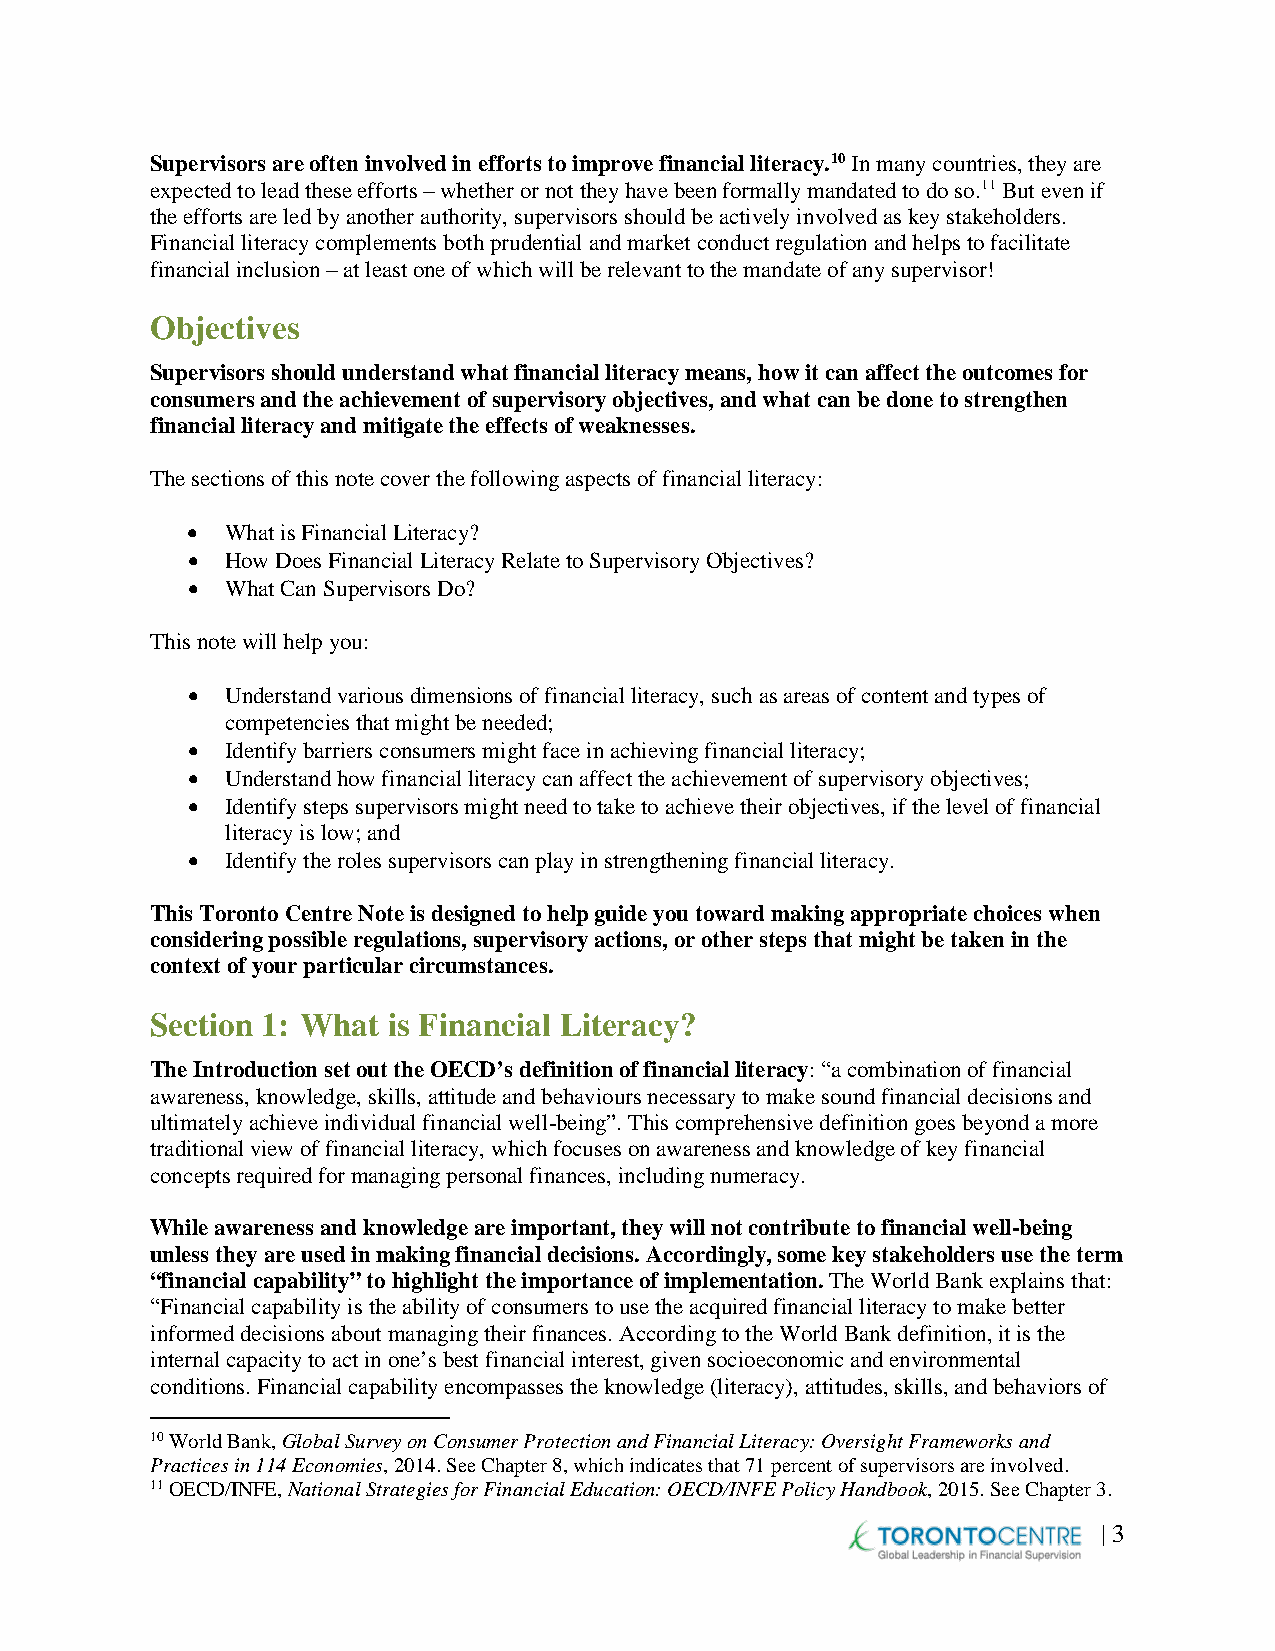
Supervisors are often involved in efforts to improve financial literacy.10 In many countries, they are
 expected to lead these efforts – whether or not they have been formally mandated to do so.11 But even if
 the efforts are led by another authority, supervisors should be actively involved as key stakeholders.
 Financial literacy complements both prudential and market conduct regulation and helps to facilitate
 financial inclusion – at least one of which will be relevant to the mandate of any supervisor!
 Objectives
 Supervisors should understand what financial literacy means, how it can affect the outcomes for
 consumers and the achievement of supervisory objectives, and what can be done to strengthen
 financial literacy and mitigate the effects of weaknesses.
 The sections of this note cover the following aspects of financial literacy:
 •  What is Financial Literacy?
 •  How Does Financial Literacy Relate to Supervisory Objectives?
 •  What Can Supervisors Do?
 This note will help you:
 •  Understand various dimensions of financial literacy, such as areas of content and types of
 competencies that might be needed;
 •  Identify barriers consumers might face in achieving financial literacy;
 •  Understand how financial literacy can affect the achievement of supervisory objectives;
 •  Identify steps supervisors might need to take to achieve their objectives, if the level of financial
 literacy is low; and
 •  Identify the roles supervisors can play in strengthening financial literacy.
 This Toronto Centre Note is designed to help guide you toward making appropriate choices when
 considering possible regulations, supervisory actions, or other steps that might be taken in the
 context of your particular circumstances.
 Section 1: What is Financial Literacy?
 The Introduction set out the OECD’s definition of financial literacy: “a combination of financial
 awareness, knowledge, skills, attitude and behaviours necessary to make sound financial decisions and
 ultimately achieve individual financial well-being”. This comprehensive definition goes beyond a more
 traditional view of financial literacy, which focuses on awareness and knowledge of key financial
 concepts required for managing personal finances, including numeracy.
 While awareness and knowledge are important, they will not contribute to financial well-being
 unless they are used in making financial decisions. Accordingly, some key stakeholders use the term
 “financial capability” to highlight the importance of implementation. The World Bank explains that:
 “Financial capability is the ability of consumers to use the acquired financial literacy to make better
 informed decisions about managing their finances. According to the World Bank definition, it is the
 internal capacity to act in one’s best financial interest, given socioeconomic and environmental
 conditions. Financial capability encompasses the knowledge (literacy), attitudes, skills, and behaviors of
 10 World Bank, Global Survey on Consumer Protection and Financial Literacy: Oversight Frameworks and
 Practices in 114 Economies, 2014. See Chapter 8, which indicates that 71 percent of supervisors are involved.
 11 OECD/INFE, National Strategies for Financial Education: OECD/INFE Policy Handbook, 2015. See Chapter 3.
 | 3